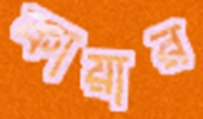
কায়ার